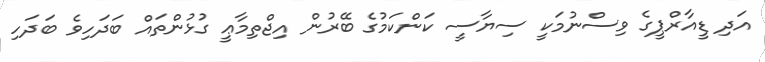
އަދި ޑީއާރްޕީގެ ވިސްނުމަކީ ސިޔާސީ ކަންކަމުގެ ބޭރުން އިޖްތިމާޢީ ގުޅުންތައް ބަދަހިވެ ބަދަހި